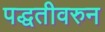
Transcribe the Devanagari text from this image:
पद्धतीवरुन